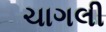
ચાગલી